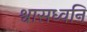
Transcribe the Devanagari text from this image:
श्वासध्वनि